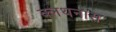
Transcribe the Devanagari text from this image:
क्लथनास